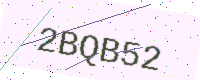
Text: 2BQB52